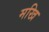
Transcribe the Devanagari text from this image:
मखि